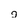
Character: j